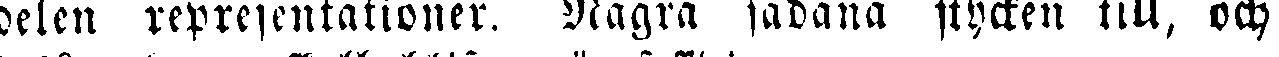
delen representationer, Nägra sådana stycken till, och